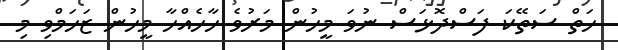
ހަތް ސަތޭކަ ފަސްދޮޅަސް ނުވަ މީހުން މަރުވެ ހާހެއްހާ މީހުން ޒަހަމްވި މި